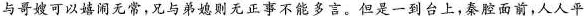
与哥嫂可以嬉闹无常，兄与弟媳则无正事不能多言。但是一到台上,秦腔面前,人人平